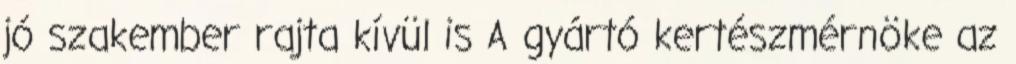
jó szakember rajta kívül is A gyártó kertészmérnöke az